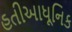
હતીઆધૂનિક